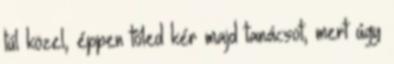
túl közel, éppen tőled kér majd tanácsot, mert úgy